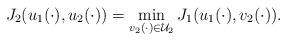
LaTeX: \begin{align*}J_2(u_1(\cdot),u_2(\cdot))=\min\limits_{v_2(\cdot)\in\mathcal{U}_2}J_1(u_1(\cdot),v_2(\cdot)).\end{align*}